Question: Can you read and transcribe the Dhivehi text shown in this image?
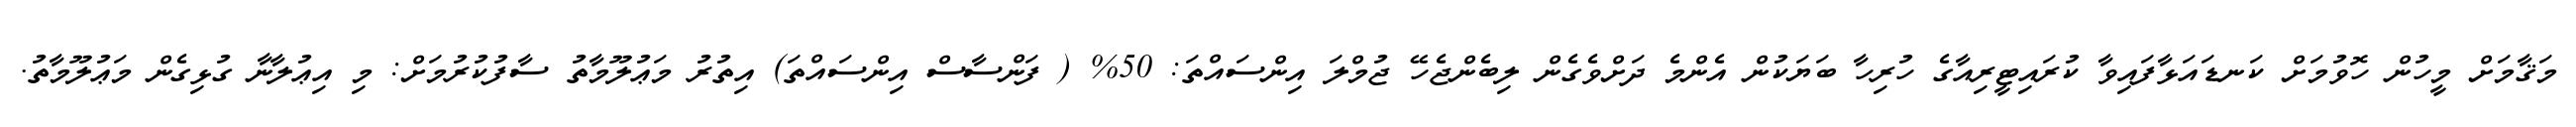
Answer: މަޤާމަށް މީހުން ހޮވުމަށް ކަނޑައަޅާފައިވާ ކުރައިޓީރިއާގެ ހުރިހާ ބަޔަކުން އެންމެ ދަށްވެގެން ލިބެންޖެހޭ ޖުމްލަ އިންސައްތަ: 50% ( ފަންސާސް އިންސައްތަ) އިތުރު މަޢުލޫމާތު ސާފުކުރުމަށް: މި އިޢުލާނާ ގުޅިގެން މަޢުލޫމާތު.